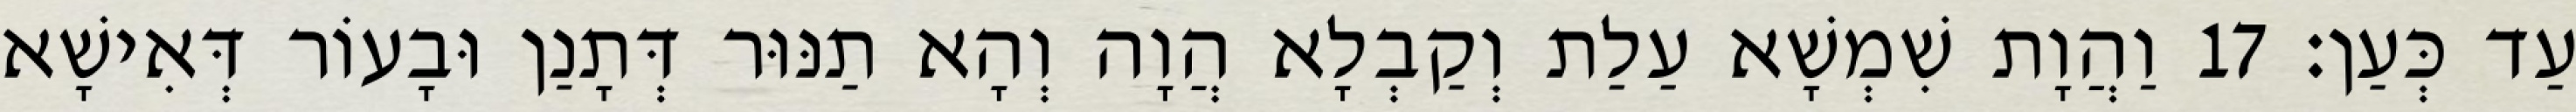
עַד כְּעַן׃ 17 וַהֲוָת שִׁמְשָׁא עַלַת וְקַבְלָא הֲוָה וְהָא תַנּוּר דְּתָנַן וּבָעוֹר דְּאִישָׁא